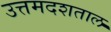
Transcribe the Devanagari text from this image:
उत्तमदशताल